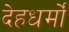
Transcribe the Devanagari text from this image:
देहधर्मों